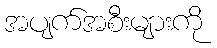
အပျက်အစီးများကို